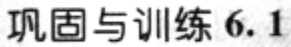
巩固与训练 6.1